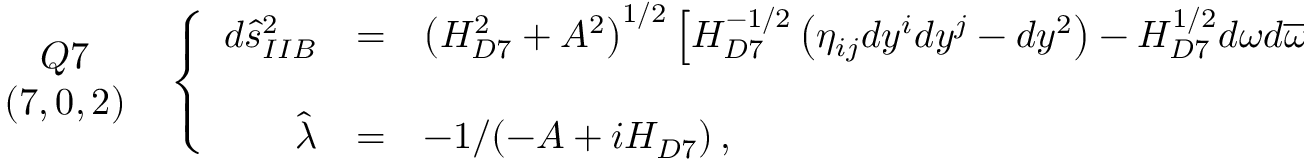
\begin{array} { c } { { Q 7 } } \\ { { ( 7 , 0 , 2 ) } } \end{array} \, \, \, \left\{ \begin{array} { r c l } { { d \hat { s } _ { I I B } ^ { 2 } } } & { { = } } & { { \left( H _ { D 7 } ^ { 2 } + A ^ { 2 } \right) ^ { 1 / 2 } \left[ H _ { D 7 } ^ { - 1 / 2 } \left( \eta _ { i j } d y ^ { i } d y ^ { j } - d y ^ { 2 } \right) - H _ { D 7 } ^ { 1 / 2 } d \omega d \overline { { { \omega } } } \right] \, , } } \\ { { } } & { { } } & { { } } \\ { { \hat { \lambda } } } & { { = } } & { { - 1 / ( - A + i H _ { D 7 } ) \, , } } \end{array} \right.